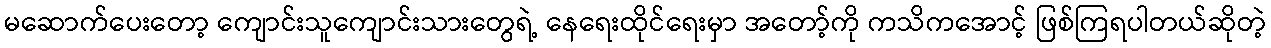
မဆောက်ပေးတော့ ကျောင်းသူကျောင်းသားတွေရဲ့ နေရေးထိုင်ရေးမှာ အတော့်ကို ကသိကအောင့် ဖြစ်ကြရပါတယ်ဆိုတဲ့